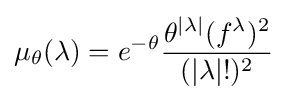
\mu _{\theta }(\lambda )=e^{-\theta }{\frac {\theta ^{|\lambda |}(f^{\lambda })^{2}}{(|\lambda |!)^{2}}}